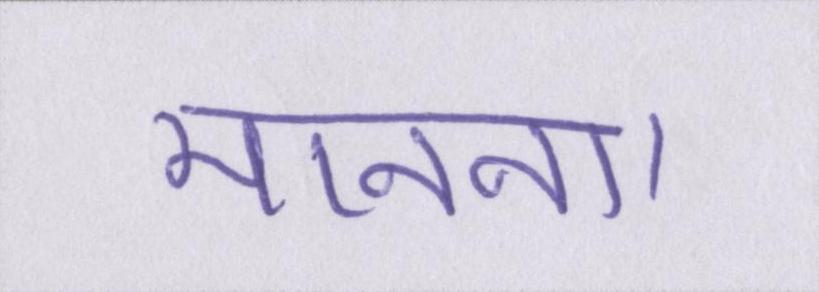
मानना।